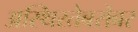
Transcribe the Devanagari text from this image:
अस्थिरतेबरोबर